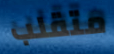
متقلب